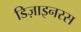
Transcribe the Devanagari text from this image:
डिज़ाइनरस